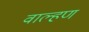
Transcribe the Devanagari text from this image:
वाल्हण